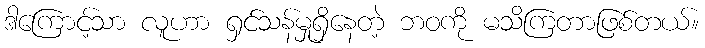
ဒါကြောင့်သာ လူဟာ ရှင်သန်မှုရှိနေတဲ့ ဘဝကို မသိကြတာဖြစ်တယ်။